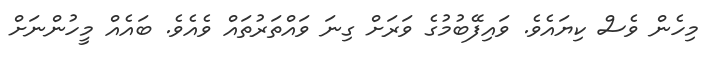
މިހެން ވެސް ކިޔައެވެ. ވައިފޭބުމުގެ ވަރަށް ގިނަ ވައްތަރުތައް ވެއެވެ. ބައެއް މީހުންނަށް